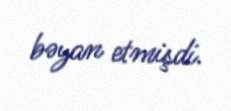
bəyan etmişdi.